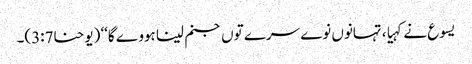
یسوع نے کہیا، تہانوں نوے سرے توں جنم لینا ہووے گا‘‘ (یوحنا3:7)۔